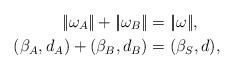
\begin{align*} |\!|\omega_A|\!| + |\!|\omega_B|\!| &= |\!|\omega|\!|, \\ (\beta_A,d_A) + (\beta_B,d_B) &= (\beta_S,d), \end{align*}